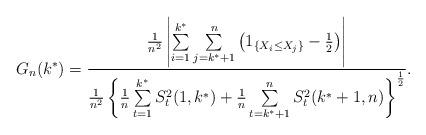
LaTeX: \begin{align*}G_n(k^*)=\frac{\frac{1}{n^2}\left|\sum\limits_{i=1}^{k^*}\sum\limits_{j=k^*+1}^n\left(1_{\left\{X_i\leq X_j\right\}}-\frac{1}{2}\right)\right|}{\frac{1}{n^2}\left\{\frac{1}{n}\sum\limits_{t=1}^{k^*}S_t^2(1, k^*)+\frac{1}{n}\sum\limits_{t=k^*+1}^nS_t^2(k^*+1, n)\right\}^{\frac{1}{2}}}.\end{align*}